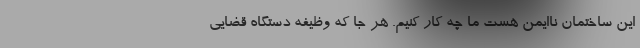
این ساختمان ناایمن هست ما چه کار کنیم. هر جا که وظیفه دستگاه قضایی